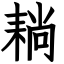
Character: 耥